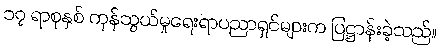
၁၇ ရာစုနှစ် ကုန်သွယ်မှုရေးရာပညာရှင်များက ပြဋ္ဌာန်းခဲ့သည်။